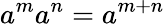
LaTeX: a^{m}a^{n}=a^{m+n}